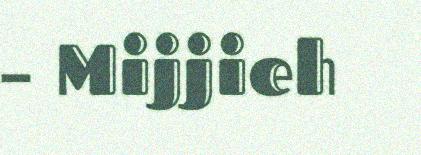
– Mijjieh